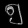
Digit: ၅